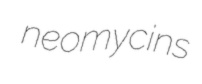
neomycins